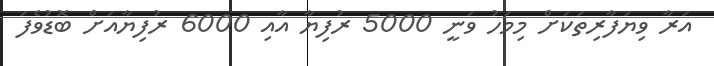
އަރާ ވިޔަފާރިތަކަށް މިމަހު ވަނީ 5000 ރުފިޔާ އާއި 6000 ރުފިޔާއަށް ބޮޑުވެފަ